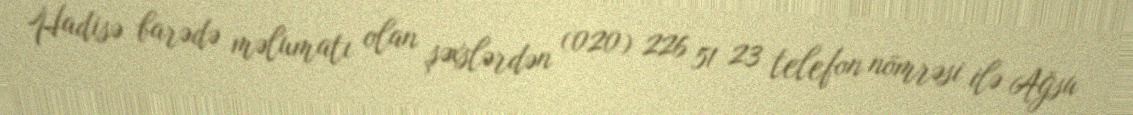
Hadisə barədə məlumatı olan şəxslərdən (020) 226 51 23 telefon nömrəsi ilə Ağsu